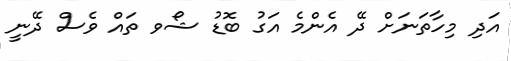
އަދި މިހާތަނަށް ދޭ އެންމެ އަގު ބޮޑު ޝޯވ ތައް ވެސް ދޭނީ